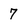
Character: 7